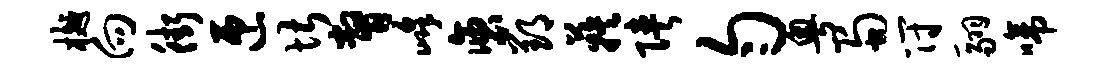
樾向街匝堪瞥峰褒郢蔟陕匀粤蜀符翮啼